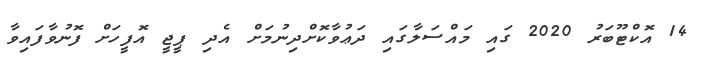
14 އޮކްޓޫބަރު 2020 ގައި މައްސަލާގައި ދަޢުވާކޮށްދިނުމަށް އެދި ޕީޖީ އޮފީހަށް ފޮނުވާފައިވާ